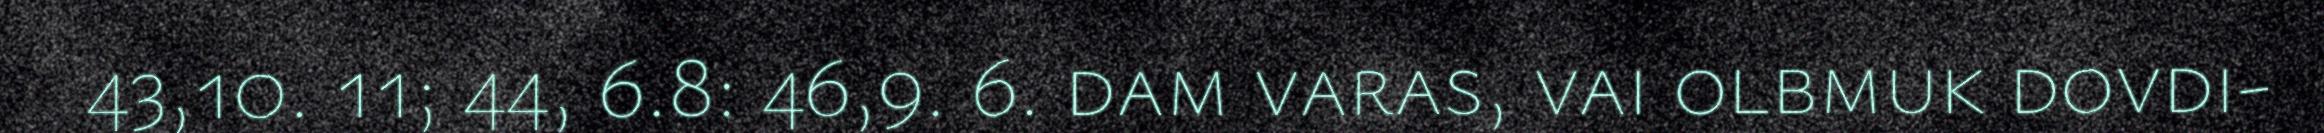
43,10. 11; 44, 6.8: 46,9. 6. dam varas, vai olbmuk dovdi-